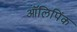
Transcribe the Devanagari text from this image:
ऑलिपिंक